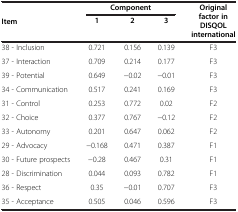
<table><thead><tr><td rowspan="2"><b>Item</b></td><td colspan="3"><b>Component</b></td><td rowspan="2"><b>Original factor in DISQOL international</b></td></tr><tr><td><b>1</b></td><td><b>2</b></td><td><b>3</b></td></tr></thead><tbody><tr><td>38 - Inclusion</td><td><b>0.721</b></td><td>0.156</td><td>0.139</td><td>F3</td></tr><tr><td>37 - Interaction</td><td><b>0.709</b></td><td>0.214</td><td>0.177</td><td>F3</td></tr><tr><td>39 - Potential</td><td><b>0.649</b></td><td>−0.02</td><td>−0.01</td><td>F3</td></tr><tr><td>34 - Communication</td><td><b>0.517</b></td><td>0.241</td><td>0.169</td><td>F3</td></tr><tr><td>31 - Control</td><td>0.253</td><td><b>0.772</b></td><td>0.02</td><td>F2</td></tr><tr><td>32 - Choice</td><td>0.377</td><td><b>0.767</b></td><td>−0.12</td><td>F2</td></tr><tr><td>33 - Autonomy</td><td>0.201</td><td><b>0.647</b></td><td>0.062</td><td>F2</td></tr><tr><td>29 - Advocacy</td><td>−0.168</td><td><b>0.471</b></td><td>0.387</td><td>F1</td></tr><tr><td>30 - Future prospects</td><td>−0.28</td><td><b>0.467</b></td><td>0.31</td><td>F1</td></tr><tr><td>28 - Discrimination</td><td>0.044</td><td>0.093</td><td><b>0.782</b></td><td>F1</td></tr><tr><td>36 - Respect</td><td>0.35</td><td>−0.01</td><td><b>0.707</b></td><td>F3</td></tr><tr><td>35 - Acceptance</td><td><b>0.505</b></td><td>0.046</td><td><b>0.596</b></td><td>F3</td></tr></tbody></table>